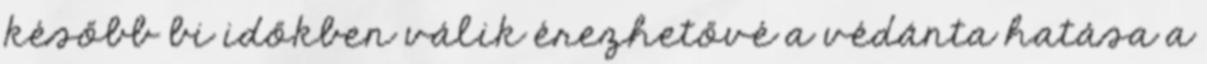
később bi időkben válik érezhetővé a védánta hatása a